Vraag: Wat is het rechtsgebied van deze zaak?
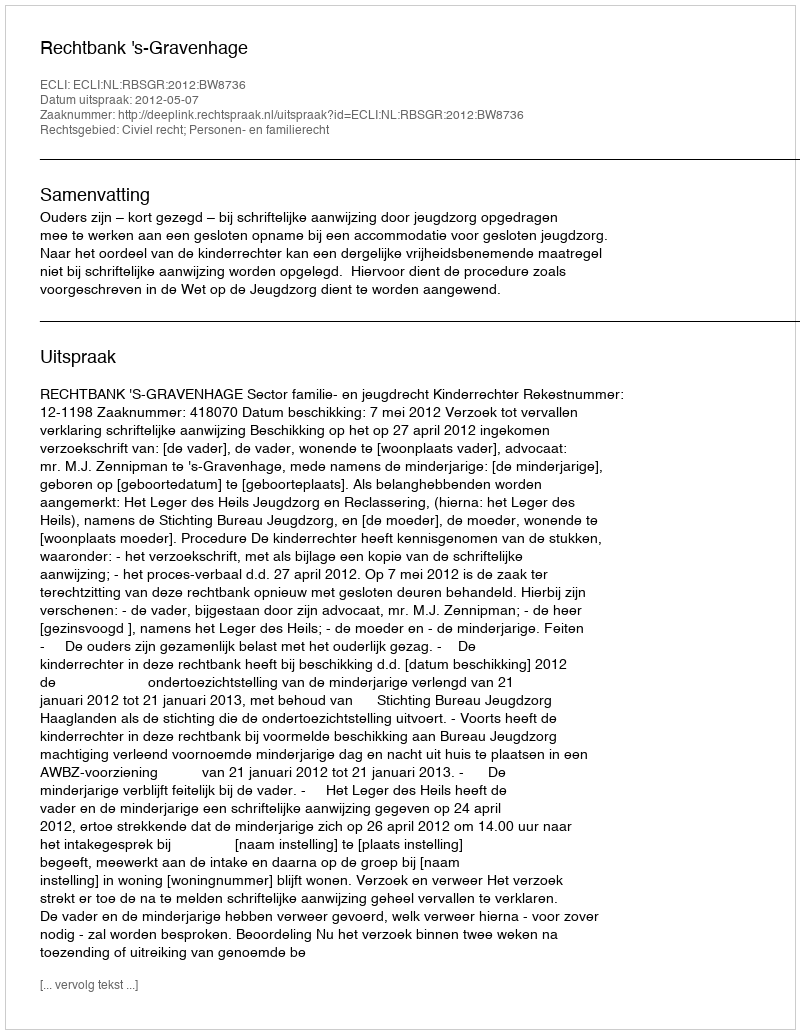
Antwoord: Civiel recht; Personen- en familierecht